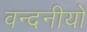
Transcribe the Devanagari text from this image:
वन्दनीयो